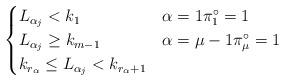
LaTeX: \begin{align*}\begin{cases}L_{\alpha_j}<k_1 & \alpha=1\pi_{1}^{\circ}=1\\L_{\alpha_j}\geq k_{m-1} & \alpha=\mu-1\pi_{\mu}^{\circ}=1\\k_{r_{\alpha}}\leq L_{\alpha_j} < k_{r_{\alpha}+1} & \end{cases}\end{align*}